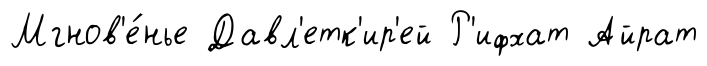
Мгнов'е́нье Давл'етк'ир'ей Р'ифхат Айрат